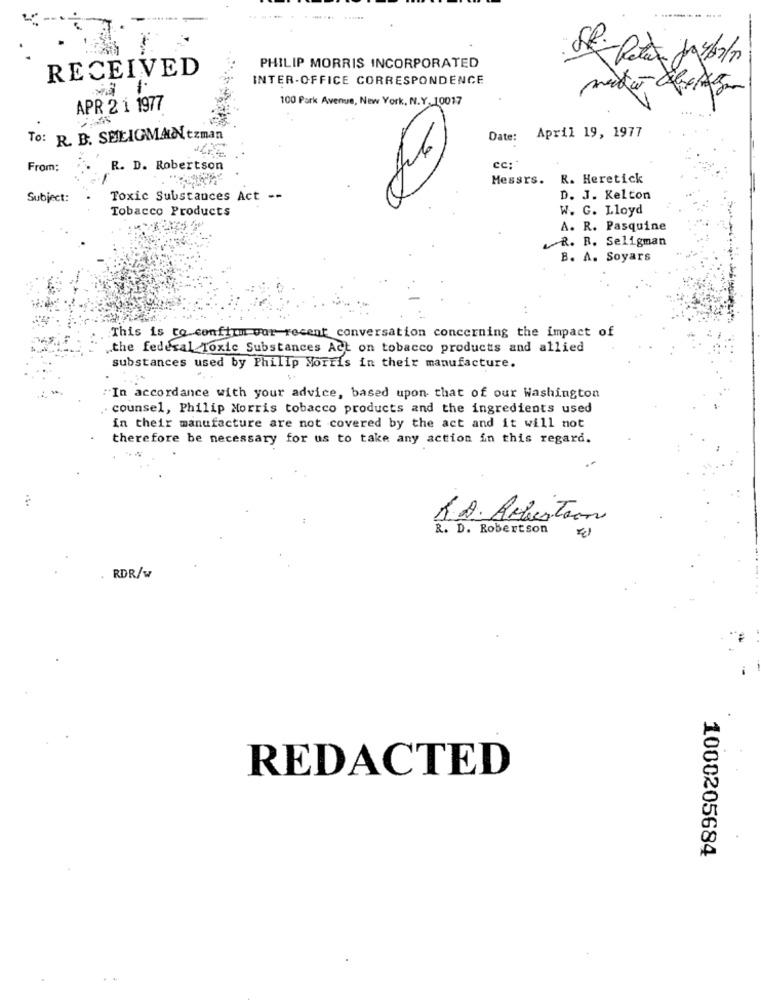
P.
-Peter
RECEIVED
PHILIP MORRIS INCORPORATED
INTER-OFFICE CORRESPONDENCE
100 Park Avenue, New York, N.Y.10017
APR 2 1 1977
April 19, 1977
To: R. B. SELIGMANtzman
Date:
From:
R. D. Robertson
Messrs. R. Heretick
Subject:
Toxic Substances Act --
32
D. J. Kelton
Tobacco Products
W. G. Lloyd
A. R. Pasquine
R. B. Seligman
B. A. Soyars
This is to confirm-wor recent conversation concerning the impact of
.the federal Toxic Substances Act on tobacco products and allied
substances used by Philip Morris in their manufacture.
"In accordance with your advice, based upon that of our Washington
. counsel, Philip Morris tobacco products and the ingredients used
in their manufacture are not covered by the act and it will not
therefore be necessary for us to take any action in this regard.
R.A. AriesTion
R. D. Robertson
RDR/w
REDACTED
1000205684